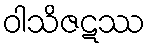
ဝါသိဇဋဿ